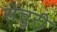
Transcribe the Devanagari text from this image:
सेचुरी